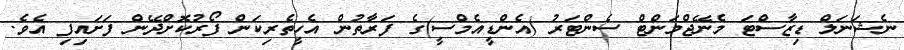
ނެޝަނަލް ޑިޒާސްޓަ މެނޭޖްމަންޓް ސެންޓަރު (އެންޑީއެމްސީ)ގެ ފަރާތުން އެހީތެރިކަން ފޯރުކޮށްދޭން ފަށައިފި އެވެ.